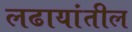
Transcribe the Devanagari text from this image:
लढायांतील